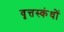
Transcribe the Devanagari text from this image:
वृत्तस्कंधों